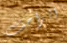
الزاحف